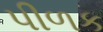
પીળક